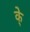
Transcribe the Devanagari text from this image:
के्